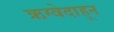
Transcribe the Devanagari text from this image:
ऋग्वेदाहून